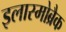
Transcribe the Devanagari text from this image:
इलास्मोब्रैक